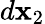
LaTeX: d{\mathbf x}_{2}